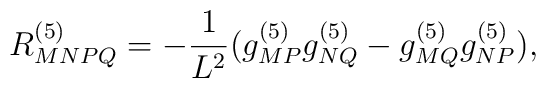
R^{(5)}_{MNPQ}=-{1\over L^2}(g^{(5)}_{MP}g^{(5)}_{NQ}-g^{(5)}_{MQ}g^{(5)}_{NP}),